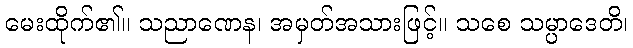
မေးထိုက်၏။ သညာဏေန၊ အမှတ်အသားဖြင့်။ သစေ သမ္ပာဒေတိ၊